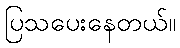
ပြသပေးနေတယ်။